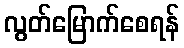
လွတ်မြောက်စေရန်